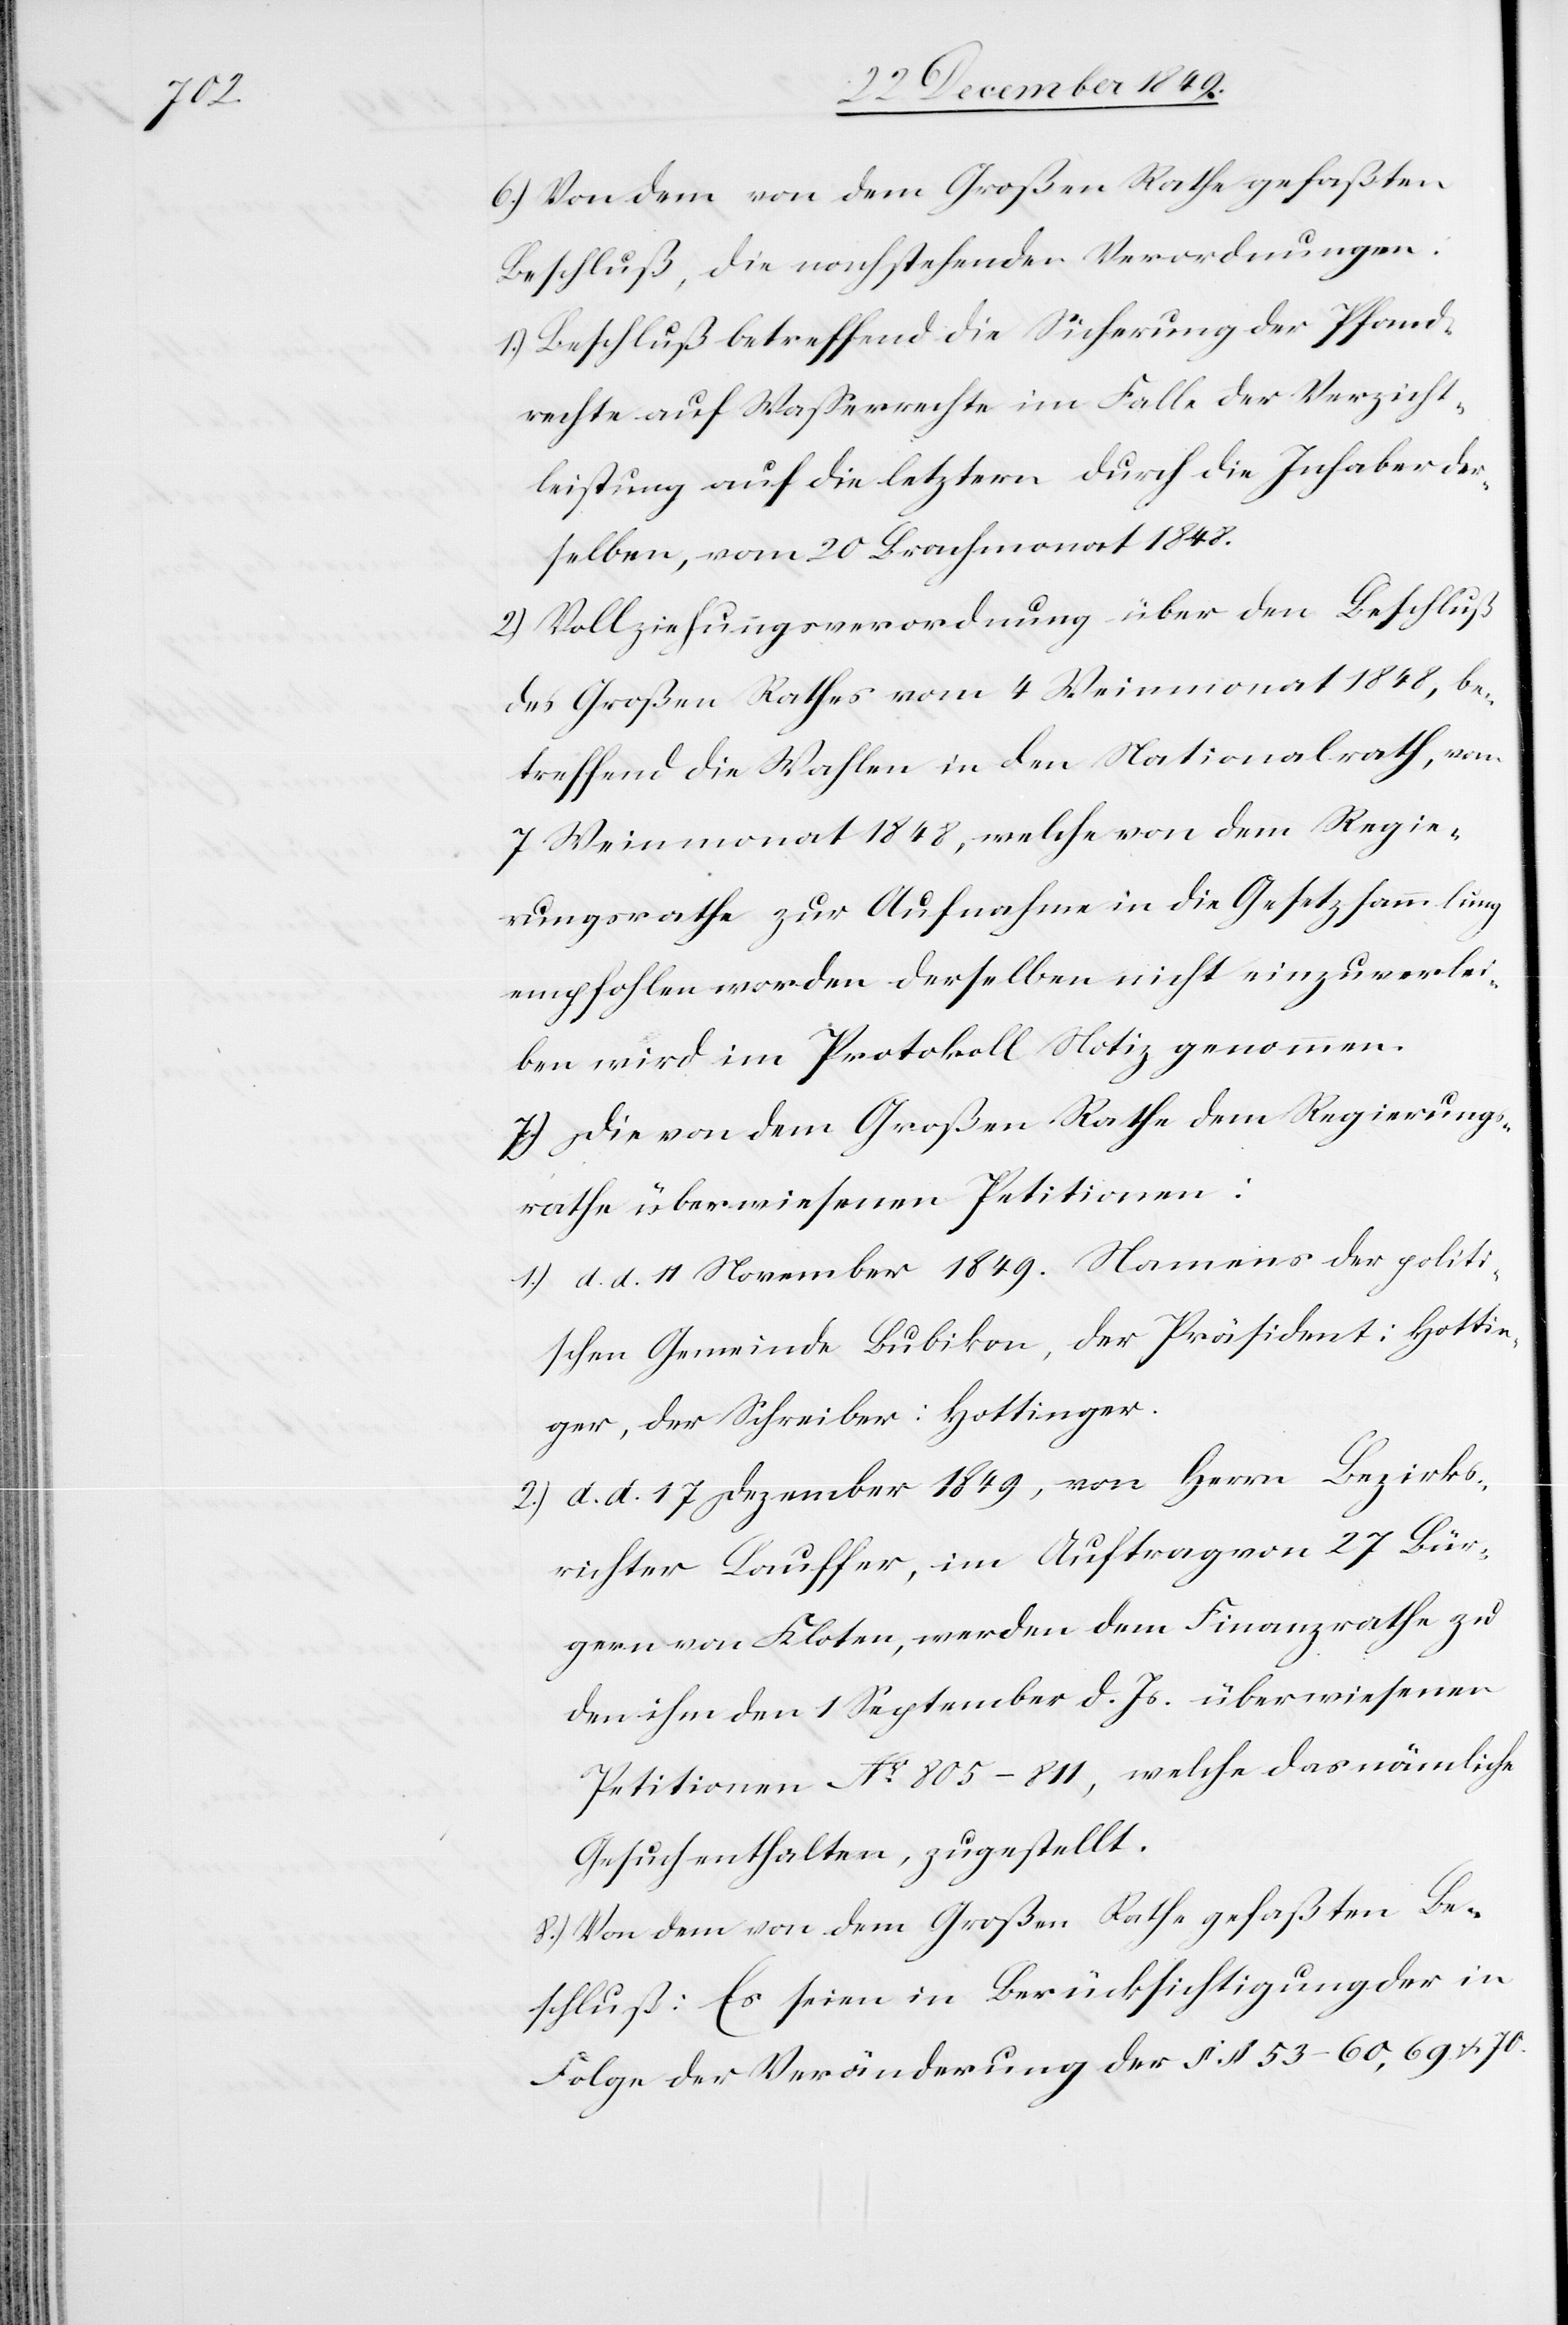
[si¬

6.) Von dem von dem Großen Rathe gefaßten
Beschluß, die nachstehenden Verordnungen:
1.) Beschluß betreffend die Sicherung der Pfand¬
rechte auf Waßerrechte im Falle der Verzicht¬
leistung auf die letztern durch die Inhaber der¬
selben, vom 20 Brachmonat 1848.
2.) Vollziehungsverordnung über den Beschluß
des Großen Rathes vom 4 Weinmonat 1848, be¬
treffend die Wahlen in den Nationalrath, vom
7 Weinmonat 1848, welche von dem Regie¬
rungsrathe zur Aufnahme in die Gesetzessammlung
empfohlen worden derselben nicht einzuverlei¬
c!] wird im Protokoll Notiz genommen.
7.) Die von dem Großen Rathe dem Regierungs¬
rathe überwiesenen Petitionen:
1.) d. d. 11 November 1849. Namens der politi¬
schen Gemeinde Bubikon, der Präsident: Hottin¬
ger, der Schreiber: Hottinger.
2.) d. d. 17 Dezember 1849, von Herrn Bezirks¬
richter Lauffer, im Auftrag von 27 Bür¬
gern von Kloten, werden dem Finanzrathe zu
den ihm den 1 September d. Js. überwiesenen
Petitionen N° 805–811, welche das nämliche
Gesuch enthalten, zugestellt.
8.) Von dem von dem Großen Rathe gefaßten Be¬
schluß: Es seien in Berücksichtigung der in
Folge der Veränderung der §§ 53–60,69 u. 70.